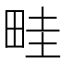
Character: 畦